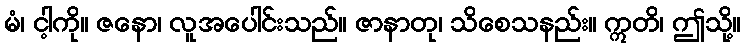
မံ၊ ငါ့ကို။ ဇနော၊ လူအပေါင်းသည်။ ဇာနာတု၊ သိစေသနည်း။ ဣတိ၊ ဤသို့။